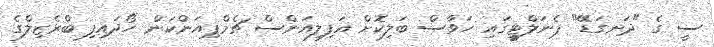
ސީ ގެ "ދަނގަޑޭ" ޕެނަލްޓީގައި ހަވާސް ބަލިކޮށް އަފިލިއަންސް ޗެމްޕިއަންކަން ހޯދައިފި ބްރެޒިލްގެ